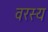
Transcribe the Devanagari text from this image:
वरस्य